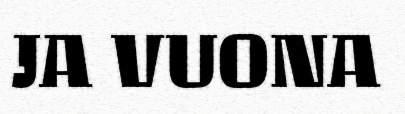
JA VUONA